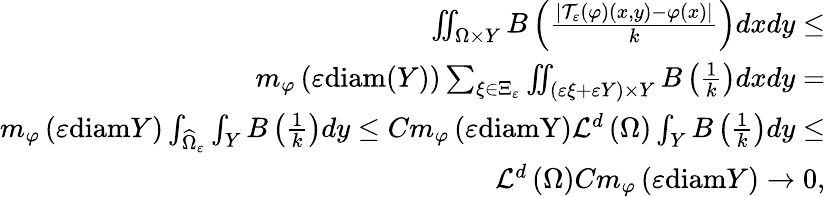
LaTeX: \begin{array}{r}{\iint_{\Omega\times Y}B\left(\frac{\left\vert\mathcal{T}_{\varepsilon}\left(\varphi\right)\left(x,y\right)-\varphi\left(x\right)\right\vert}{k}\right)dxdy\leq}\\ {m_{\varphi}\left(\varepsilon\mathrm{diam}(Y)\right)\sum_{\xi\in\Xi_{\varepsilon}}\iint_{(\varepsilon\xi+\varepsilon Y)\times Y}B\left(\frac{1}{k}\right)dxdy=}\\ {m_{\varphi}\left(\varepsilon\mathrm{diam}Y\right)\int_{\widehat{\Omega}_{\varepsilon}}\int_{Y}B\left(\frac{1}{k}\right)dy\leq Cm_{\varphi}\left(\varepsilon\mathrm{diamY}\right)\mathcal L^{d}\left(\Omega\right)\int_{Y}{B}\left(\frac{1}{k}\right)dy\leq}\\ {\mathcal L^{d}\left(\Omega\right)Cm_{\varphi}\left(\varepsilon\mathrm{diam}Y\right)\rightarrow 0,}\end{array}